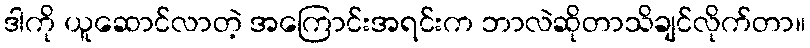
ဒါကို ယူဆောင်လာတဲ့ အကြောင်းအရင်းက ဘာလဲဆိုတာသိချင်လိုက်တာ။